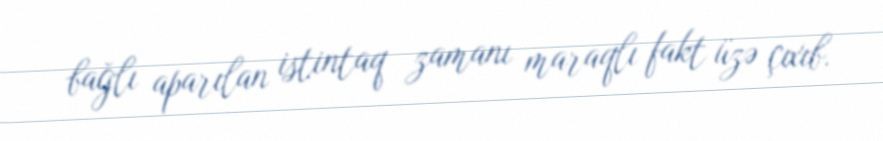
bağlı aparılan istintaq zamanı maraqlı fakt üzə çıxıb.